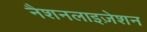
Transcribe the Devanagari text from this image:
नैशनलाइज़ेशन